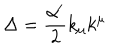
LaTeX: \Delta = \frac { \alpha ^ { \prime } } { 2 } k _ { \mu } k ^ { \mu }